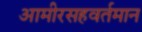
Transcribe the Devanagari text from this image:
आमीरसहवर्तमान